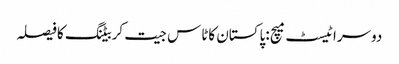
دوسراٹیسٹ میچ :پاکستان کاٹاس جیت کربیٹنگ کافیصلہ